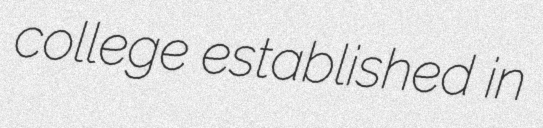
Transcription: college established in